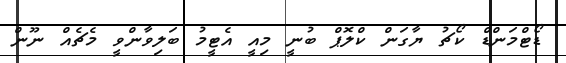
ޑޯޓްމަންޑް ކޯޗު ޔާގަން ކްލޮޕް ބުނީ މިއީ އެޓީމު ބަލިވާންވީ މެޗެއް ނޫން